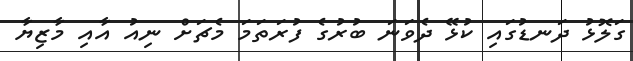
ގަލޮޅު ދަނޑުގައި ކުޅޭ ދެވަނަ ބުރުގެ ފުރަތަމަ މެޗަށް ނިއު އާއި މާޒިޔާ